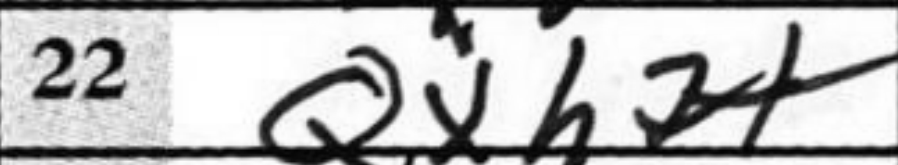
Transcription: Qxh7+